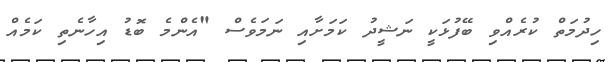
ހިދުމަތް ކުރެއްވި ބޭފުޅަކީ ނަޝީދު ކަމަށާއި ނަމަވެސް "އެންމެ ބޮޑު އިހާނެތި ކަމެއް